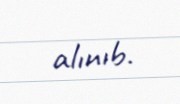
alınıb.